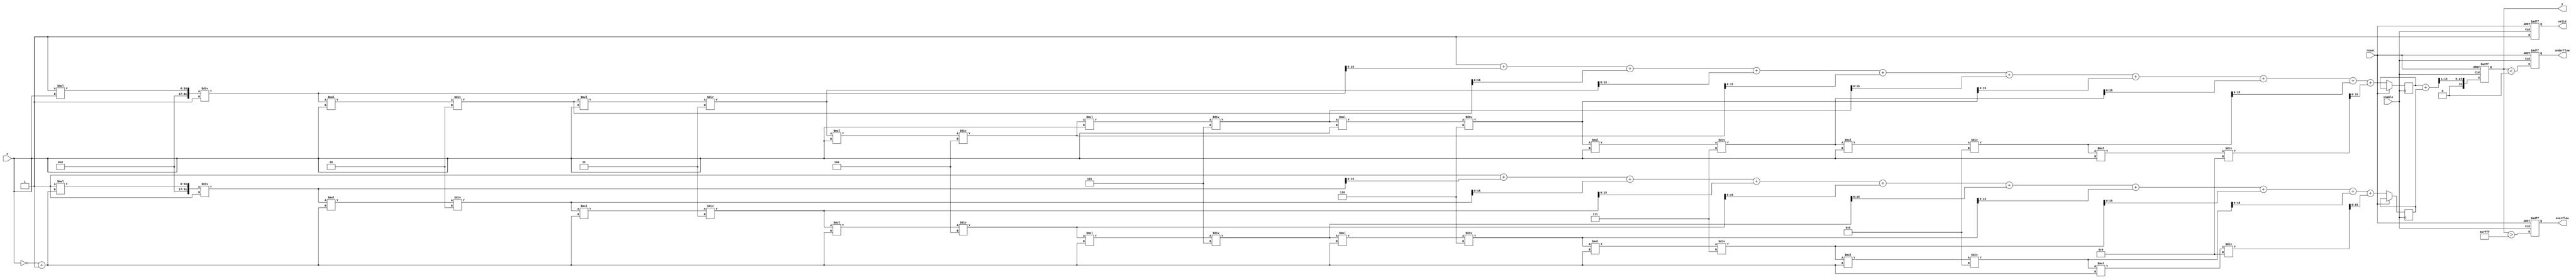
module HyperbolicCosine #(parameter WIDTH = 16, // Configurable width
                          parameter USE_LUT = 1) // Use lookup table (if needed)
(
    input  wire [WIDTH-1:0] x,     // Input signal
    input  wire               enable,// Enable signal
    input  wire               reset, // Asynchronous reset
    output reg  [WIDTH-1:0]  y,     // Output signal (cosh(x))
    output reg               valid,  // Valid output signal
    output reg               overflow,// Overflow flag
    output reg               underflow // Underflow flag
);

// Internal signals
reg [WIDTH-1:0] exp_x;  // e^x
reg [WIDTH-1:0] exp_neg_x; // e^(-x)

// Simple function to compute e^x using Taylor Series
function [WIDTH-1:0] exp;
    input [WIDTH-1:0] in;
    reg [2*WIDTH-1:0] term;
    reg [2*WIDTH-1:0] sum;
    integer i;
    begin
        sum = 0;
        term = 1; // First term (x^0/0!)
        for (i = 0; i < 10; i = i + 1) begin // 10 terms for approximation
            sum = sum + term;
            term = term * in / (i + 1);
        end
        exp = sum[WIDTH-1:0]; // Truncate to WIDTH
    end
endfunction

// Operation
always @(posedge enable or posedge reset) begin
    if (reset) begin
        y <= 0;
        valid <= 0;
        overflow <= 0;
        underflow <= 0;
    end else begin
        valid <= 1;
        // Calculate e^x and e^(-x)
        exp_x <= exp(x);
        // Assume -x is to be calculated directly for simplicity
        exp_neg_x <= exp(~x + 1'b1); // Compute e^(-x) using 2's complement
        
        // Compute cosh(x) = (e^x + e^(-x)) / 2
        // For fixed-point, this is simplified
        y <= (exp_x + exp_neg_x) >> 1; // Right shift is equivalent to divide by 2
        
        // Overflow/Underflow condition checks
        overflow <= (y > {1'b0, {WIDTH-1{1'b1}}}); // Check bounds based on signed/unsigned
        underflow <= (y < 0); // Not applicable in this case, keeping for structural consistency
    end
end

endmodule